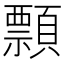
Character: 顠